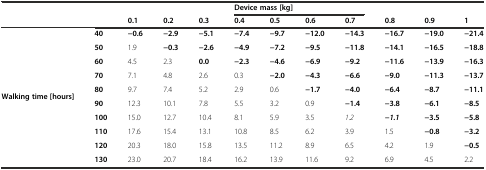
|  |  |  |  |  | <COLSPAN=4> Device mass [kg] |  |  |  |
 |  |  | 0.1 | 0.2 | 0.3 | 0.4 | 0.5 | 0.6 | 0.7 | 0.8 | 0.9 | 1 |
 | --- | --- | --- | --- | --- | --- | --- | --- | --- | --- | --- | --- |
 | <ROWSPAN=10> Walking time [hours] | 40 | −0.6 | −2.9 | −5.1 | −7.4 | −9.7 | −12.0 | −14.3 | −16.7 | −19.0 | −21.4 |
 | 50 | 1.9 | −0.3 | −2.6 | −4.9 | −7.2 | −9.5 | −11.8 | −14.1 | −16.5 | −18.8 |
 | 60 | 4.5 | 2.3 | 0.0 | −2.3 | −4.6 | −6.9 | −9.2 | −11.6 | −13.9 | −16.3 |
 | 70 | 7.1 | 4.8 | 2.6 | 0.3 | −2.0 | −4.3 | −6.6 | −9.0 | −11.3 | −13.7 |
 | 80 | 9.7 | 7.4 | 5.2 | 2.9 | 0.6 | −1.7 | −4.0 | −6.4 | −8.7 | −11.1 |
 | 90 | 12.3 | 10.1 | 7.8 | 5.5 | 3.2 | 0.9 | −1.4 | −3.8 | −6.1 | −8.5 |
 | 100 | 15.0 | 12.7 | 10.4 | 8.1 | 5.9 | 3.5 | 1.2 | −1.1 | −3.5 | −5.8 |
 | 110 | 17.6 | 15.4 | 13.1 | 10.8 | 8.5 | 6.2 | 3.9 | 1.5 | −0.8 | −3.2 |
 | 120 | 20.3 | 18.0 | 15.8 | 13.5 | 11.2 | 8.9 | 6.5 | 4.2 | 1.9 | −0.5 |
 | 130 | 23.0 | 20.7 | 18.4 | 16.2 | 13.9 | 11.6 | 9.2 | 6.9 | 4.5 | 2.2 |